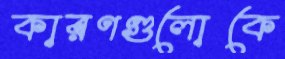
কারণগুলোকে